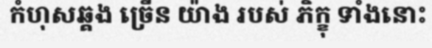
កំហុសឆ្គង ច្រើន យ៉ាង របស់ ភិក្ខុ ទាំងនោះ